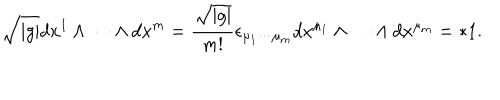
LaTeX: \sqrt { \mid g \mid } d x ^ { 1 } \wedge \cdots \wedge d x ^ { m } = \frac { \sqrt { \mid g \mid } } { m ! } \epsilon _ { \mu _ { 1 } \cdots \mu _ { m } } d x ^ { \mu _ { 1 } } \wedge \cdots \wedge d x ^ { \mu _ { m } } = * 1 .